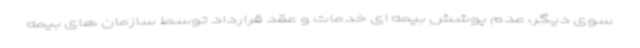
سوی دیگر، عدم پوشش بیمه ای خدمات و عقد قرارداد توسط سازمان های بیمه